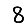
Digit: 8